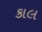
કાલ